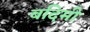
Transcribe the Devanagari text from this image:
बदिमी